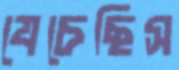
যেচেছিস